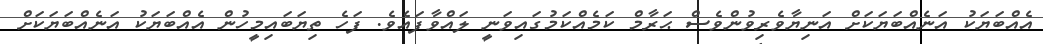
އެއްބަޔަކު އަނެއްބަޔަކަށް އަނިޔާވެރިވުންވެސް ޙަރާމް ކަމެއްކަމުގައިވަނީ ލައްވާފައެވެ. ފަހެ ތިޔަބައިމީހުން އެއްބަޔަކު އަނެއްބަޔަކަށް